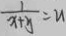
\frac { 1 } { x + y } = u